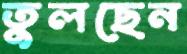
তুলছেন